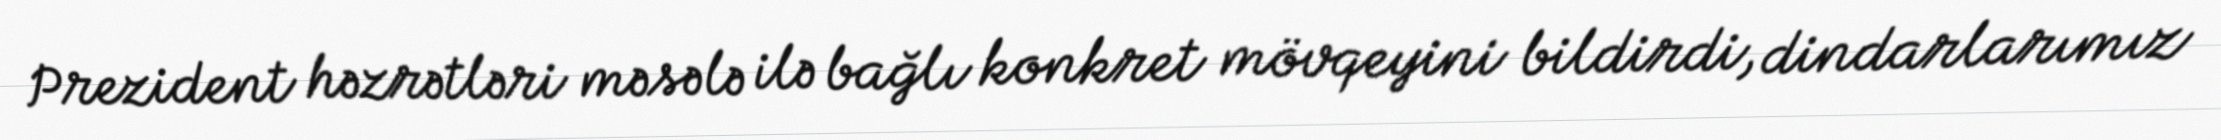
Prezident həzrətləri məsələ ilə bağlı konkret mövqeyini bildirdi, dindarlarımız